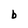
Character: b